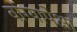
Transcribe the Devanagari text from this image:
वांग्यापेक्षा